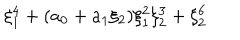
\xi _ { 1 } ^ { 4 } + ( a _ { 0 } + a _ { 1 } \xi _ { 2 } ) \xi _ { 1 } ^ { 2 } \xi _ { 2 } ^ { 3 } + \xi _ { 2 } ^ { 6 }